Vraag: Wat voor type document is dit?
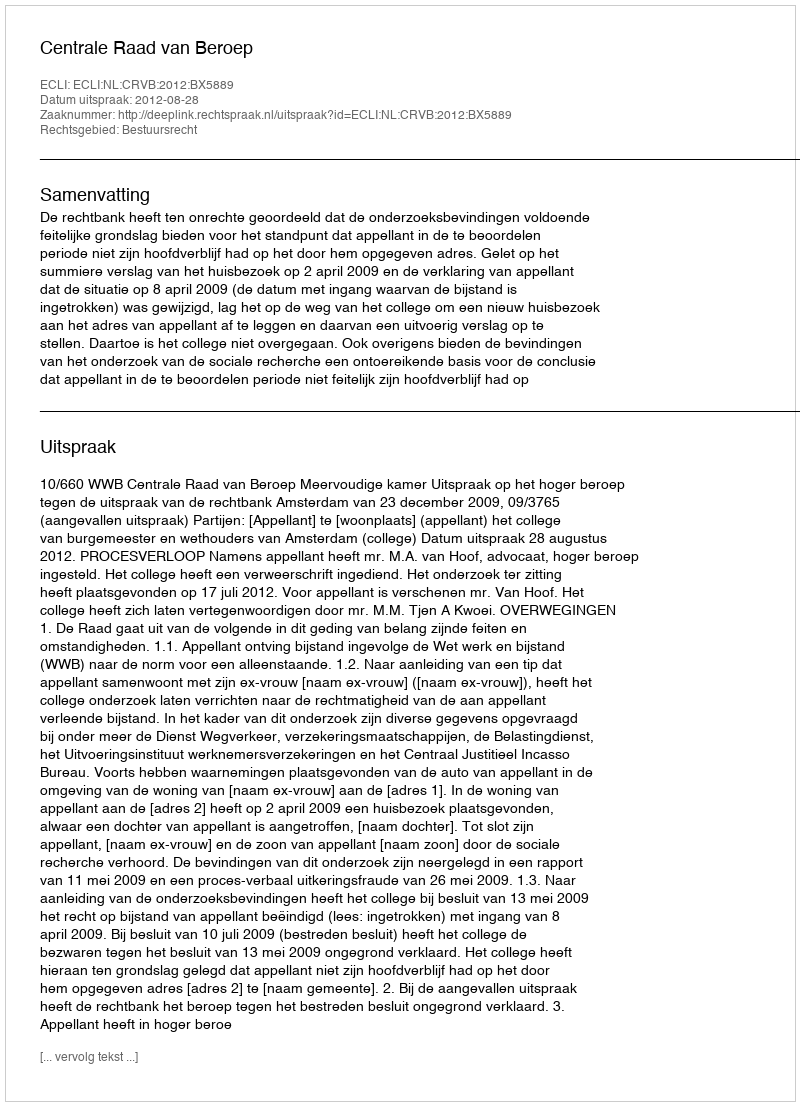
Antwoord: Uitspraak